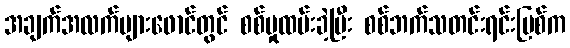
အချက်အလက်များဖောင်တွင် စစ်မှုထမ်းခဲ့ပြီး စစ်ဘက်သတင်းရင်းမြစ်က